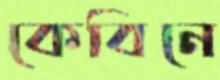
কেবিনে